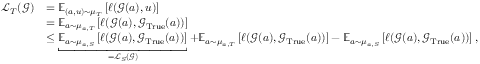
\begin{array} { r l } { \mathcal { L } _ { T } ( \boldsymbol { \mathcal { G } } ) } & { = \boldsymbol { \mathbb { E } } _ { ( a , u ) \sim \mu _ { T } } \left[ \ell ( \boldsymbol { \mathcal { G } } ( a ) , u ) \right] } \\ & { = \boldsymbol { \mathbb { E } } _ { a \sim \mu _ { a , T } } \left[ \ell ( \boldsymbol { \mathcal { G } } ( a ) , \boldsymbol { \mathcal { G } } _ { \mathrm { T r u e } } ( a ) ) \right] } \\ & { \leq \underbracket { \boldsymbol { \mathbb { E } } _ { a \sim \mu _ { a , S } } \left[ \ell ( \boldsymbol { \mathcal { G } } ( a ) , \boldsymbol { \mathcal { G } } _ { \mathrm { T r u e } } ( a ) ) \right] } _ { = \mathcal { L } _ { S } ( \boldsymbol { \mathcal { G } } ) } + \boldsymbol { \mathbb { E } } _ { a \sim \mu _ { a , T } } \left[ \ell ( \boldsymbol { \mathcal { G } } ( a ) , \boldsymbol { \mathcal { G } } _ { \mathrm { T r u e } } ( a ) ) \right] - \boldsymbol { \mathbb { E } } _ { a \sim \mu _ { a , S } } \left[ \ell ( \boldsymbol { \mathcal { G } } ( a ) , \boldsymbol { \mathcal { G } } _ { \mathrm { T r u e } } ( a ) ) \right] , } \end{array}